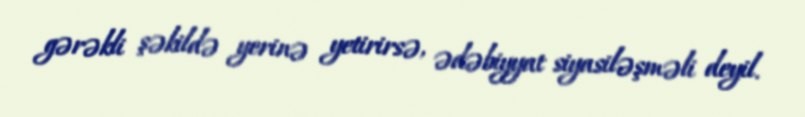
gərəkli şəkildə yerinə yetirirsə, ədəbiyyat siyasiləşməli deyil.